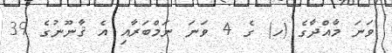
ވަނަ މާއްދާގެ (ހ) ގެ 4 ވަނަ ނަމްބަރާއި އެ ޤާނޫނުގެ 39